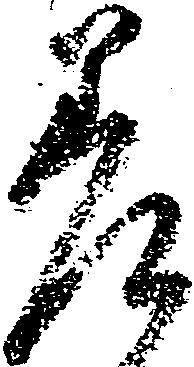
差